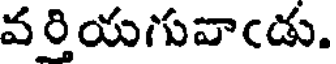
వర్తియగువాఁడు.